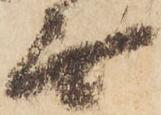
無